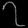
Digit: ၇